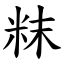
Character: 粖